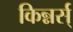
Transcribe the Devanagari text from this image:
किन्नर्स्